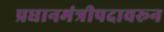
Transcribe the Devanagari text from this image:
प्रधानमंत्रीपदावरून